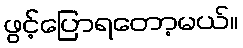
ဖွင့်ပြောရတော့မယ်။